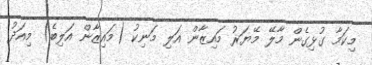
މިކަމާ ގުޅިގެން މާލޭ މޭޔަރު މައިޒާން އަލި މަނިކު (މައިޒާން އަލިބެ) މިއަދު